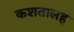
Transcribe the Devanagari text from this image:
कशतालह